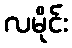
လမိုင်း